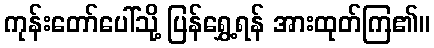
ကုန်းတော်ပေါ်သို့ ပြန်ရွှေ့ရန် အားထုတ်ကြ၏။